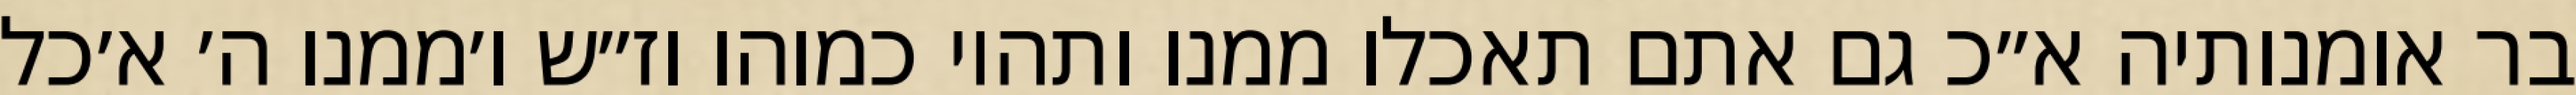
בר אומנותיה א״כ גם אתם תאכלו ממנו ותהיו כמוהו וז״ש ו׳ממנו ה׳ א׳כל